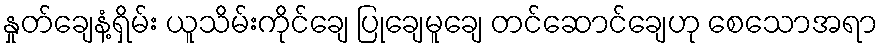
နှုတ်ချေနံ့ရှိမ်း ယူသိမ်းကိုင်ချေ ပြုချေမူချေ တင်ဆောင်ချေဟု စေသောအရာ